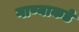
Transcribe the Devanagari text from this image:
गाण्याकडे